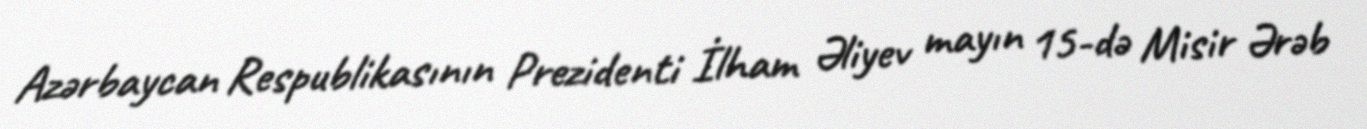
Azərbaycan Respublikasının Prezidenti İlham Əliyev mayın 15-də Misir Ərəb